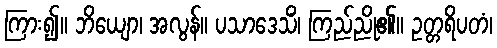
ကြား၍။ ဘိယျော၊ အလွန်။ ပသာဒေသိံ၊ ကြည်ညို၏။ ဥတ္တရိပတံ၊